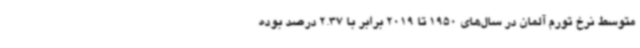
متوسط نرخ تورم آلمان در سال‌های 1950 تا 2019 برابر با 2.37 درصد بوده